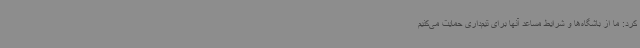
کرد: ما از باشگاه‌ها و شرایط مساعد آنها برای تیم‌داری حمایت می‌کنیم